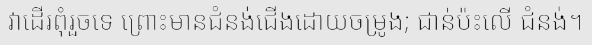
វាដើរពុំរួចទេ ព្រោះមានជំនង់ជើងដោយចម្រូង; ជាន់ប៉ះលើ ជំនង់។